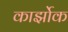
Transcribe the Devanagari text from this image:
कार्झोक